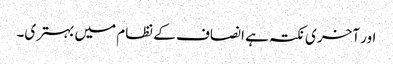
اور آخری نکتہ ہے انصاف کے نظام میں بہتری۔